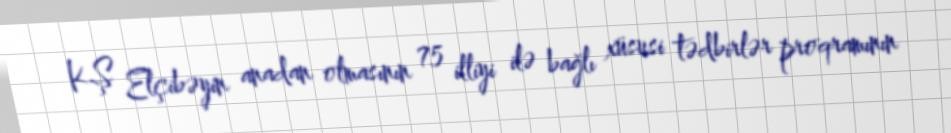
KŞ Elçibəyin anadan olmasının 75 illiyi ilə bağlı xüsusi tədbirlər proqramının